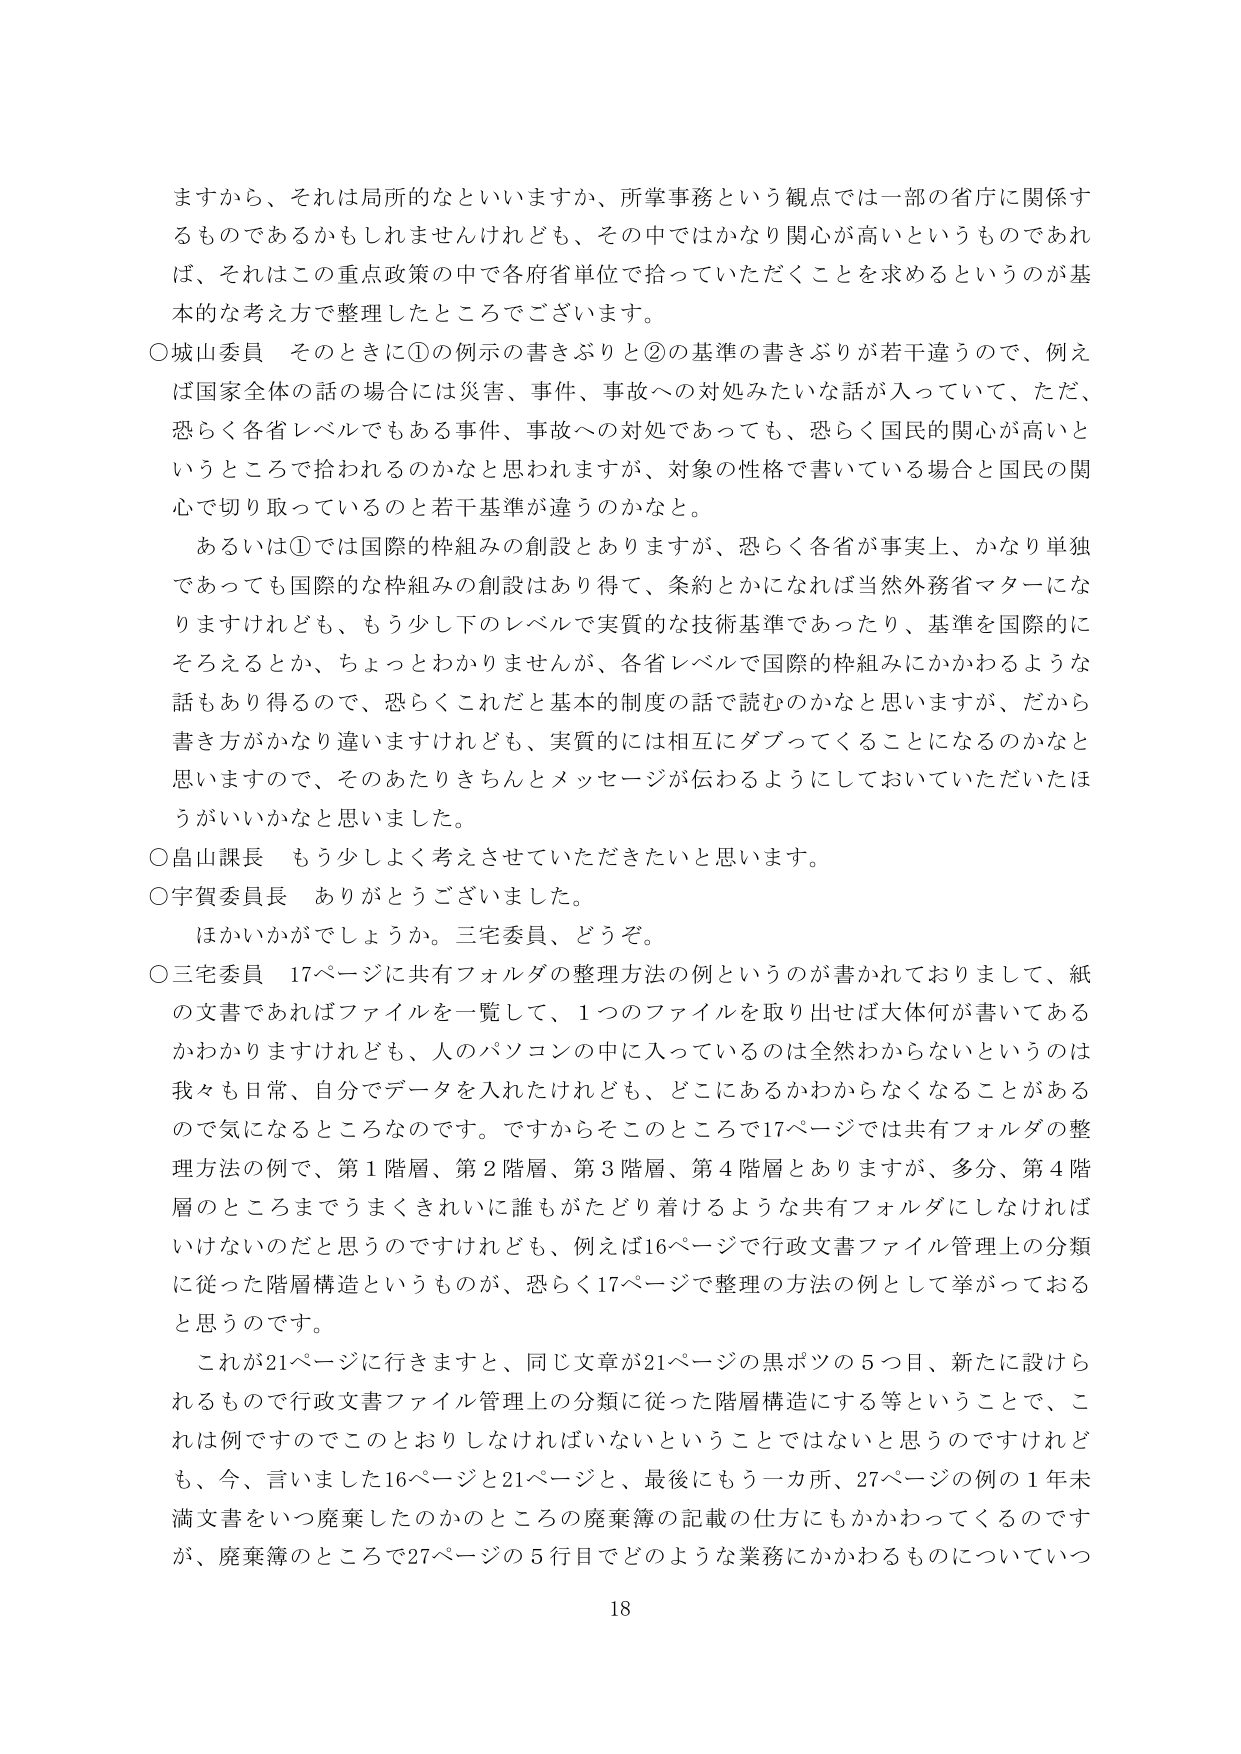
ますから、それは局所的なといいますか、所掌事務という観点では一部の省庁に関係するものであるかもしれませんが、その中ではかなり関心が高いというものであれば、それはこの重点政策の中で各府省単位で拾っていただくことを求めるというのが基本的な考え方で整理したところでございます。

○城山委員　そのときに①の例示の書きぶりと②の基準の書きぶりが若干違うので、例えば国家全体の話の場合には災害、事件、事故への対処みたいな話が入っていて、ただ、恐らく各省レベルでもある事件、事故への対処であっても、恐らく国民的関心が高いというところで拾われるのかなと思われますが、対象の性格で書いている場合と国民の関心で切り取っているのと若干基準が違うのかなと。

　あるいは①では国際的枠組みの創設とありますが、恐らく各省が事実上、かなり単独であっても国際的な枠組みの創設はあり得て、条約とかになれば当然外務省マターになりますけれども、もう少し下のレベルで実質的な技術基準であったり、基準を国際的にそろえるとか、ちょっとわかりませんが、各省レベルで国際的枠組みにかかわるような話もあり得るので、恐らくこれだと基本的制度の話で読むのかなと思いますが、だから書き方がかなり違いますけれども、実質的には相互にダブってくることになるのかなと思いますので、そのあたりきちんとメッセージが伝わるようにしておいていただけたらうがいいかなと思いました。

○畠山課長　もう少しよく考えさせていただきたいと思います。

○宇賀委員長　ありがとうございました。

　ほかいかがでしょうか。三宅委員、どうぞ。

○三宅委員　17ページに共有フォルダの整理方法の例というのが書かれておりまして、紙の文書であればファイルを一覧して、1つのファイルを取り出せば大体何が書いてあるかわかりますけれども、人のパソコンの中に入っているのは全然わからないというのは我々も日常、自分でデータを入れたけれども、どこにあるかわからなくなることがあるので気になるところなのです。ですからそのところで17ページでは共有フォルダの整理方法の例で、第1階層、第2階層、第3階層、第4階層とありますが、多分、第4階層のところまでうまくきれいに誰もがたどり着けるような共有フォルダにしなければいけないのだと思うのですけれども、例えば16ページで行政文書ファイル管理上の分類に従った階層構造というものが、恐らく17ページで整理の方法の例として挙がっておると思うのです。

　これが21ページに行きますと、同じ文章が21ページの黒ボツの5つ目、新たに設けられるもので行政文書ファイル管理上の分類に従った階層構造にする等ということで、これは例ですのでこのとおりしなければいけないということではないと思うのですけれども、今、言いました16ページと21ページと、最後にもう一カ所、27ページの例の1年未満文書をいつ廃棄したのかのところの廃棄簿の記載の仕方にもかかわってくるのですが、廃棄簿のところで27ページの5行目でどのような業務にかかわるものについていつ

18